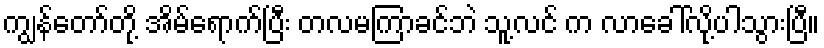
ကျွန်တော်တို့ အိမ်ရောက်ပြီး တလမကြာခင်ဘဲ သူ့လင် က လာခေါ်လို့ပါသွားပြီ။